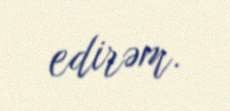
edirəm.